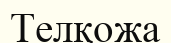
Телқожа